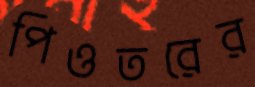
পিওতরের